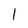
Character: l